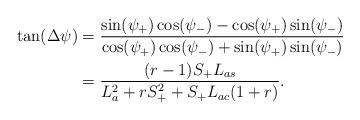
LaTeX: \begin{align*}\tan(\Delta\psi)&=\frac{\sin(\psi_+)\cos(\psi_-)-\cos(\psi_+)\sin(\psi_-)}{\cos(\psi_+)\cos(\psi_-)+\sin(\psi_+)\sin(\psi_-)}\\&=\frac{(r-1)S_+L_{as}}{L_a^2+rS_+^2+S_+L_{ac}(1+r)}.\end{align*}